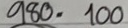
980 = 100